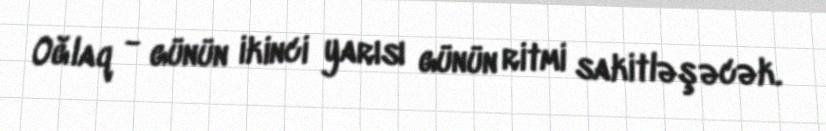
Oğlaq - günün ikinci yarısı günün ritmi sakitləşəcək.